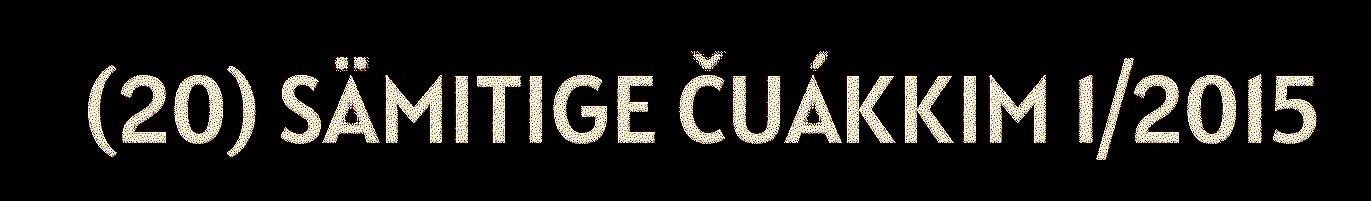
(20) SÄMITIGE ČUÁKKIM 1/2015